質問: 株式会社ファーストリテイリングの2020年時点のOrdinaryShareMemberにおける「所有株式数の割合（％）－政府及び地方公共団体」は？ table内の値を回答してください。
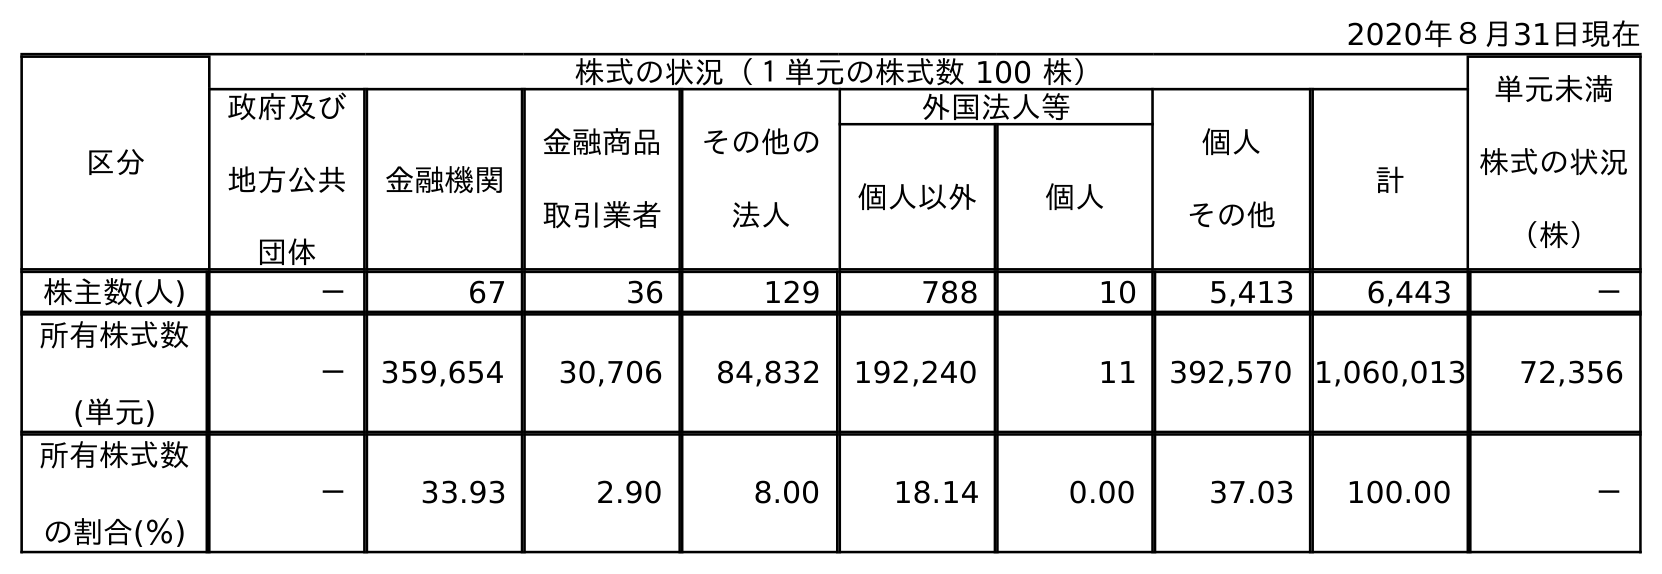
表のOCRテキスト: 2020年８月31日現在 区分 株式の状況（１単元の株式数 100 株） 単元未満 株式の状況 （株） 政府及び 地方公共 団体 金融機関 金融商品 取引業者 その他の 法人 外国法人等 個人 その他 計 個人以外 個人 株主数(人) － 67 36 129 788 10 5,413 6,443 － 所有株式数 (単元) － 359,654 30,706 84,832 192,240 11 392,570 1,060,013 72,356 所有株式数 の割合(％) － 33.93 2.90 8.00 18.14 0.00 37.03 100.00 －
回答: －